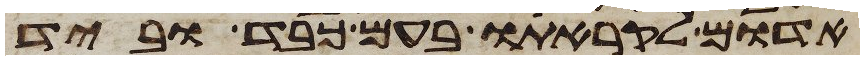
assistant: אדום לקראתו בעם כבד וביד